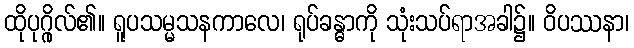
ထိုပုဂ္ဂိုလ်၏။ ရူပသမ္မသနကာလေ၊ ရုပ်ခန္ဓာကို သုံးသပ်ရာအခါ၌။ ဝိပဿနာ၊